Report on vaccination in Madras 1877-1894 - 1877-1894
Year: 1877
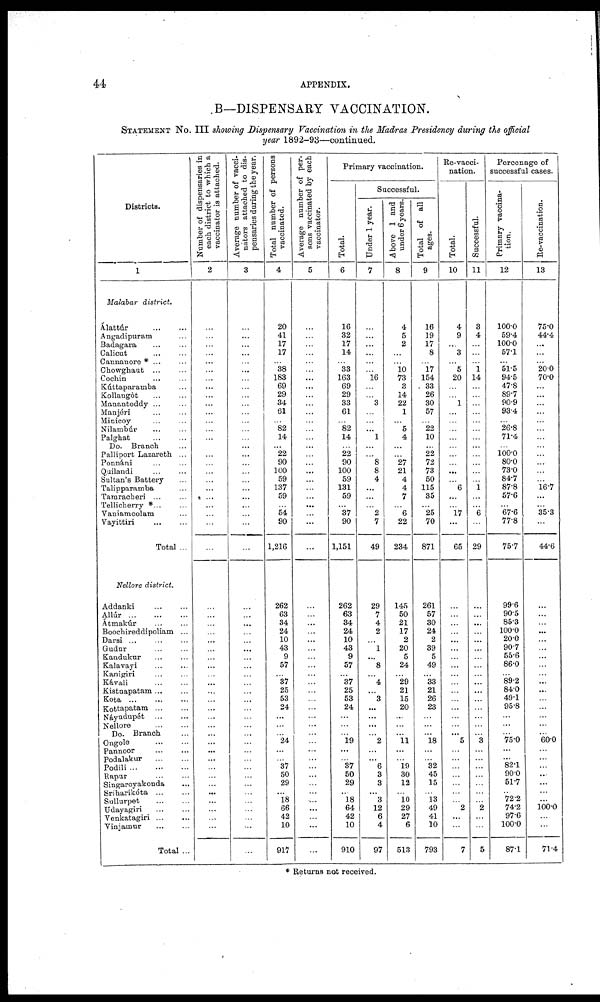
44
APPENDIX.
B—DISPENSARY VACCINATION.
STATEMENT No. III showing Dispensary Vaccination in the Madras Presidency during the official
year 1892-93—continued.
Districts.
1
Malabar district.
Álattúr...
...
Angadipuram...
Badagara... ...
Calicut... ...
Cannanore *... ...
Chowghaut... ...
Cochin... ...
Kúttaparamba...
Kollangót...
...
Manantoddy... ...
Manjéri... ...
Minicoy... ...
Nilambúr... ...
Palghat... ...
Do. Branch...
Palliport Lazareth ...
Ponnáni... ...
Quilandi... ...
Sultan's Battery...
Talipparamba...
Tamracheri... ...
Tellicherry *... ...
Vaniamcolam...
Vayittiri... ...
Total ...
Nellore district.
Addanki... ...
Allúr...
...
...
Atmakúr... ...
Boochireddipoliam ...
Darsi... ... ...
Gudur... ...
Kandukur... ...
Kalavayi... ...
Kanigiri... ...
Kávali...
...
Kistnapatam ... ...
Kota... ... ...
Kottapatam... ...
Náyudupét...
...
Nellore...
...
Do. Branch...
Ongole...
...
Pannoor... ...
Podalakur...
...
Podili...
...
...
Rapur... ...
Singaroyakonda...
Sríharikóta... ...
Sullurpet...
...
Udayagiri...
...
Venkatagiri...
...
Vinjamur...
...
Total ...
Number of dispensaries in
each district to which a
vaccinator is attached.
2
...
...
...
...
...
...
...
...
...
...
...
...
...
...
...
...
...
...
...
...
...
...
...
...
...
...
...
...
...
...
...
...
...
...
...
...
...
...
...
...
...
...
...
...
...
...
...
...
...
...
...
...
...
Average number of vacci¬
nators attached to dis-
pensaries during the year.
3
...
...
...
...
...
...
...
...
...
...
...
...
...
...
...
...
...
...
...
...
...
...
...
...
...
...
...
...
...
...
...
...
...
...
...
...
...
...
...
...
...
...
...
...
...
...
...
...
...
...
...
...
...
Total number of persons
vaccinated.
4
20
41
17
17
...
38
183
69
29
34
61
...
82
14
...
22
90
100
59
137
59
...
54
90
1,216
262
63
34
24
10
43
9
57
...
37
25
53
24
...
...
...
24
...
...
37
50
29
...
18
66
42
10
917
Average number of per¬
sons vaccinated by each
vaccinator.
5
...
...
...
...
...
...
...
...
...
...
...
...
...
...
...
...
...
...
...
...
...
...
...
...
...
...
...
...
...
...
...
...
...
...
...
...
...
...
...
...
...
...
...
...
...
...
...
...
...
...
...
...
...
Primary vaccination.
Total.
6
16
32
17
14
...
33
163
69
29
33
61
...
82
14
...
22
90
100
59
131
59
...
37
90
1,151
262
63
34
24
10
43
9
57
...
37
25
53
24
...
...
...
19
...
...
37
50
29
...
18
64
42
10
910
Successful.
Under 1 year.
7
...
...
...
...
...
...
16
...
...
3
...
...
... 1
...
...
8
8
4
...
...
...
2
7
49
29
7
4
2
...
1
...
8
... 4
...
3
...
...
...
...
2
...
... 6
3
3
... 3
12
6
4
97
Above 1 and
under 6 years.
8
4
5
2
...
...
10 73
3
14
22
1
...
5
4
...
...
27
21
4
4
7
...
6
22
234
145
50
21
17
2
20
5
24
...
29
21
15
20
...
...
...
11
...
...
19
30
12
...
10 29
27
6
513
Total of all
ages.
9
16
19
17
8
...
17
154
33
26
30
57
...
22
10
...
22
72
73
50
115
35
...
25
70
871
261
57
30
24
2
39
5
49
...
33
21
26
23
...
...
...
18
...
...
32
45
15
...
13
49
41
10
793
Re-vacci-
nation.
Total.
10
4
9
...
3
...
5
20
...
...
1
...
...
...
...
...
...
...
...
...
6
...
...
17
...
65
...
...
...
...
...
...
...
...
...
...
...
...
...
...
...
... 5
...
...
...
...
...
...
...
2
...
...
7
Successful.
11
3
4
...
...
...
1
14
...
...
...
...
...
...
...
...
...
...
...
...
1
...
...
6
...
29
...
...
...
...
...
...
...
...
...
...
...
...
...
...
...
...
3
...
...
...
...
...
...
...
2
...
...
5
Percenage of
successful cases.
Primary vaccina¬
tion.
12
100.0
59.4
100.0
57.1
...
51.5
94.5
47.8
89.7
90.9
93.4
...
26.8
71.4
...
100.0 80.0
73.0
84.7
87.8
57.6
...
67.6
77.8
75.7
99.6
90.5
85.3
100.0
20.0
90.7
55.6
86.0
...
89.2
84.0
49.1
95.8
...
...
...
75.0
...
...
82.1
90.0
51.7
...
72.2
74.2
97.6
100.0
87.1
Re-vaccination.
13
75.0
44.4
...
...
...
20.0
70.0
...
...
...
...
...
...
...
...
...
...
...
...
16.7
...
...
35.3
...
44.6
...
...
...
...
...
...
...
...
...
...
...
...
...
...
...
...
60.0
...
...
...
...
...
...
...
100.0
...
...
71.4
* Returns not received.